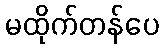
မထိုက်တန်ပေ